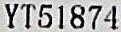
YT51874